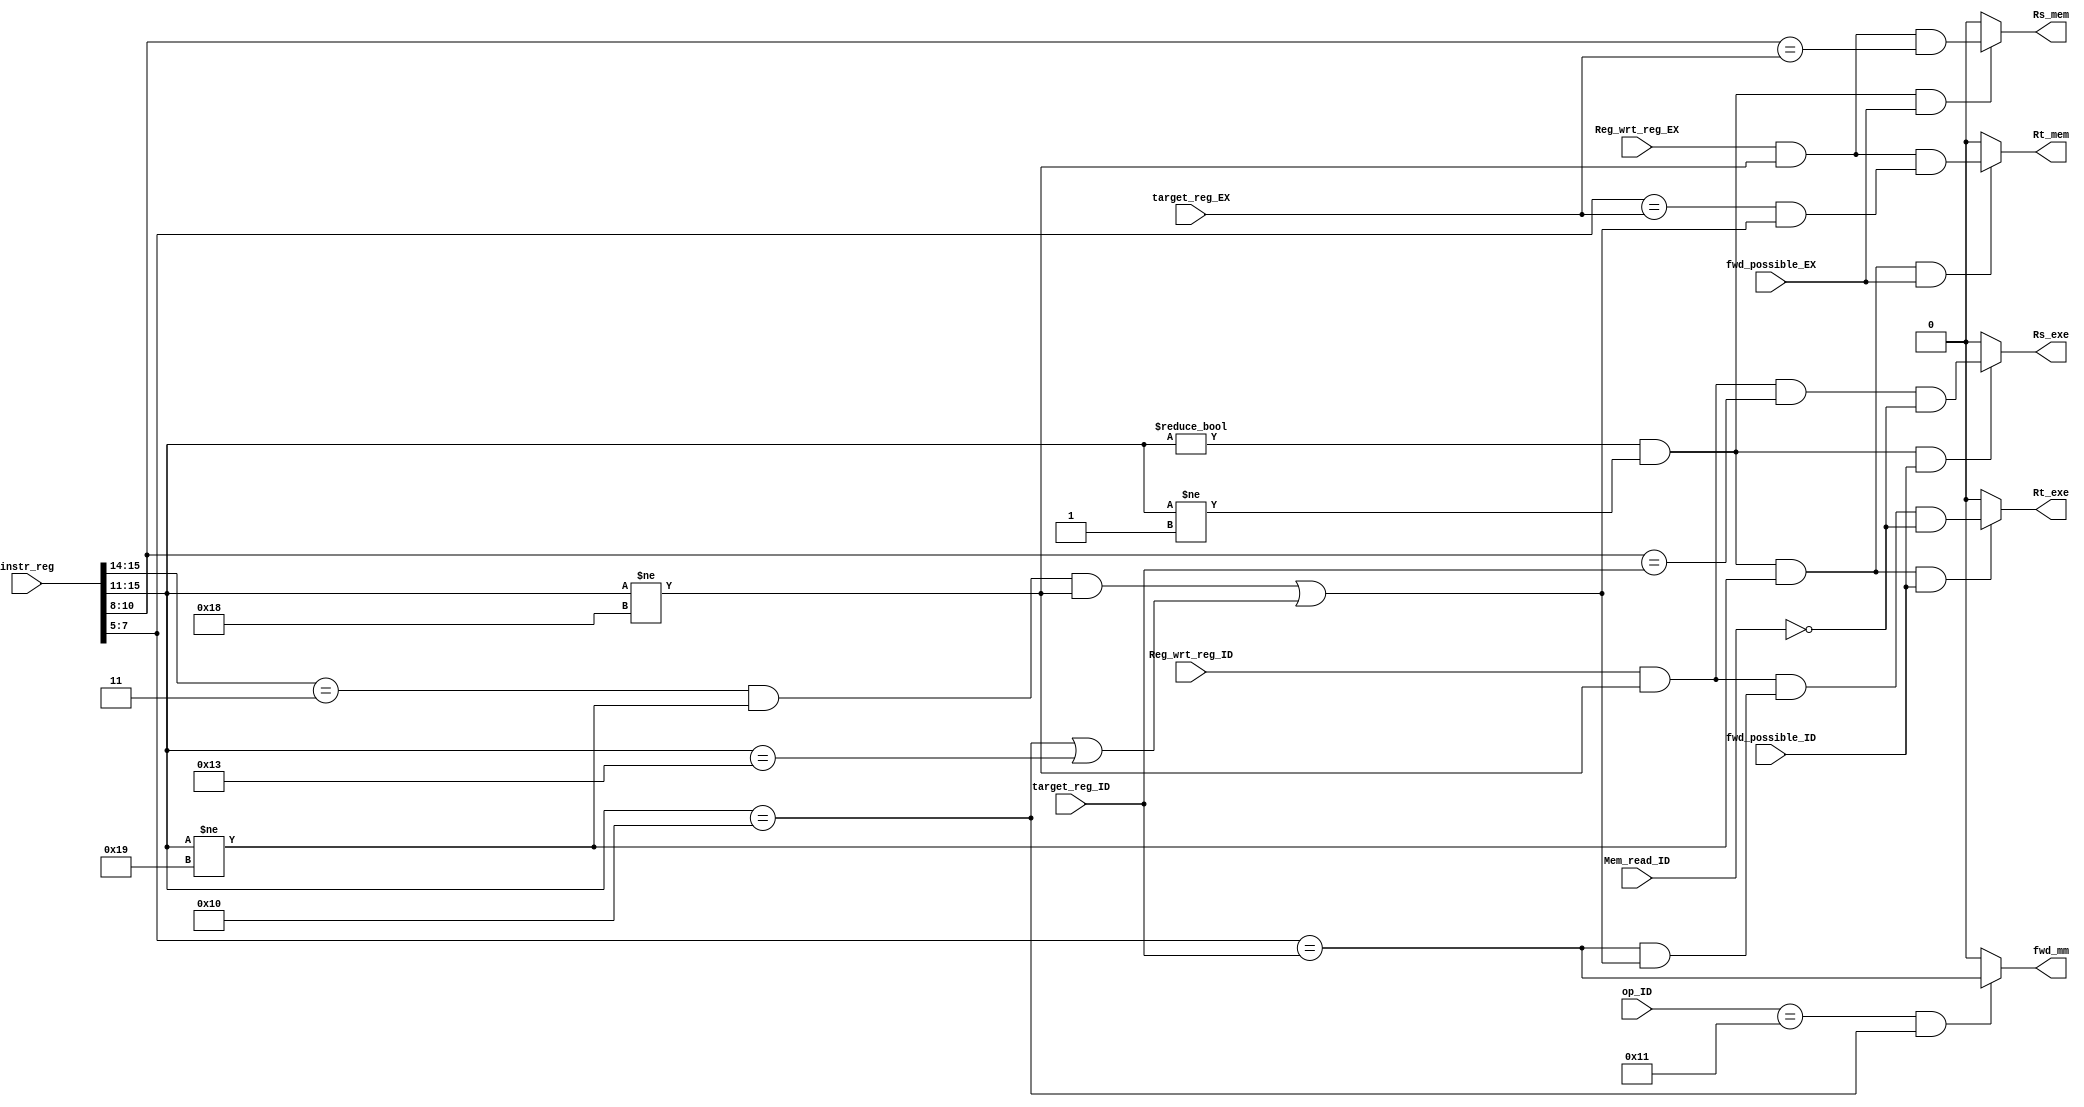
module forwarding_detector (instr_reg, Reg_wrt_reg_ID, target_reg_ID, Reg_wrt_reg_EX, target_reg_EX, Mem_read_ID, fwd_possible_ID, fwd_possible_EX, op_ID, Rs_exe, Rs_mem, Rt_exe, Rt_mem, fwd_mm);
input [15:0] instr_reg;
input [4:0] op_ID;
input Reg_wrt_reg_ID, Reg_wrt_reg_EX, Mem_read_ID, fwd_possible_ID, fwd_possible_EX;
// input [1:0] Alu_src_reg;
input [2:0] target_reg_ID, target_reg_EX; 
// input [4:0] Alu_op_reg; 
output Rs_exe, Rs_mem, Rt_exe, Rt_mem, fwd_mm;

wire Rt_valid; // Rt is used
assign Rt_valid = ((instr_reg[15:14] == 2'b11) & (instr_reg[15:11] != 5'b11001) & (instr_reg[15:11] != 5'b11000)) | ((instr_reg[15:11] == 5'b10000) | (instr_reg[15:11] == 5'b10011));
wire rs_nox;
assign rs_nox = (instr_reg[15:11] != 5'b00000) & (instr_reg[15:11] != 5'b00001); // & (instr_reg[15:11] != 5'b00100) & (instr_reg[15:11] != 5'b00110)
wire rt_nox;
assign rt_nox = rs_nox & instr_reg[15:11] != 5'b11001; 

wire IDEX_wrt;
wire IDEX_Rs;
wire IDEX_Rt;
assign IDEX_wrt = (Reg_wrt_reg_ID == 1'b1) & (instr_reg[15:11] != 5'b11000); // last instruction will write to register
assign IDEX_Rs = (instr_reg[10:8] == target_reg_ID); // Rs RAW
assign IDEX_Rt = (instr_reg[7:5] == target_reg_ID) & (Rt_valid); // Rt RAW
assign Rs_exe = (rs_nox & fwd_possible_ID) ? (IDEX_wrt & IDEX_Rs & (~Mem_read_ID)) : 1'b0;
assign Rt_exe = (rt_nox & fwd_possible_ID) ? (IDEX_wrt & IDEX_Rt & (~Mem_read_ID)) : 1'b0;
assign fwd_mm = (op_ID == 5'b10001 & instr_reg[15:11] == 5'b10000) ? (instr_reg[7:5] == target_reg_ID) : 1'b0; 

wire EXM_wrt;
wire EXM_Rs;
wire EXM_Rt;
assign EXM_wrt = (Reg_wrt_reg_EX == 1'b1) & (instr_reg[15:11] != 5'b11000);
assign EXM_Rs = (instr_reg[10:8] == target_reg_EX);
assign EXM_Rt = (instr_reg[7:5] == target_reg_EX) & (Rt_valid);
assign Rs_mem = (rs_nox & fwd_possible_EX) ? (EXM_wrt & EXM_Rs) : 1'b0;
assign Rt_mem = (rt_nox & fwd_possible_EX) ? (EXM_wrt & EXM_Rt) : 1'b0;


endmodule